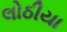
લોઠીયા